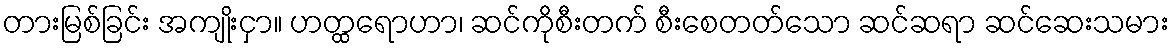
တားမြစ်ခြင်း အကျိုးငှာ။ ဟတ္ထရောဟာ၊ ဆင်ကိုစီးတက် စီးစေတတ်သော ဆင်ဆရာ ဆင်ဆေးသမား